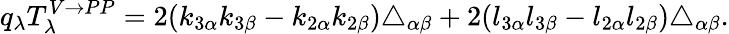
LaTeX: q_{\lambda}T_{\lambda}^{V\rightarrow PP}=2(k_{3\alpha}k_{3\beta}-k_{2\alpha}k_{2\beta})\triangle_{\alpha\beta}+2(l_{3\alpha}l_{3\beta}-l_{2\alpha}l_{2\beta})\triangle_{\alpha\beta}.